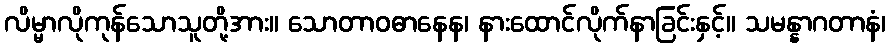
လိမ္မာလိုကုန်သောသူတို့အား။ သောတာဝဓာနေန၊ နားထောင်လိုက်နာခြင်းနှင့်။ သမန္နာဂတာနံ၊